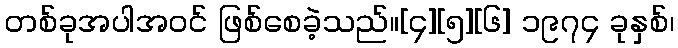
တစ်ခုအပါအဝင် ဖြစ်စေခဲ့သည်။[၄][၅][၆] ၁၉၇၄ ခုနှစ်၊